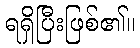
ရရှိပြီးဖြစ်၏။